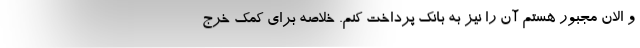
و الان مجبور هستم آن را نیز به بانک پرداخت کنم. خلاصه برای کمک خرج